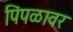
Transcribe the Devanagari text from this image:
पिंपळावर